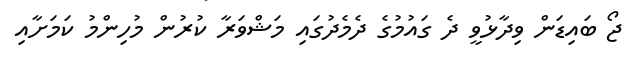
ޖޯ ބައިޑަން ވިދާޅުވީ ދެ ގައުމުގެ ދެމެދުގައި މަޝްވަރާ ކުރުން މުހިންމު ކަމަށާއި